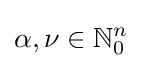
\alpha ,\nu \in \mathbb {N} _{0}^{n}